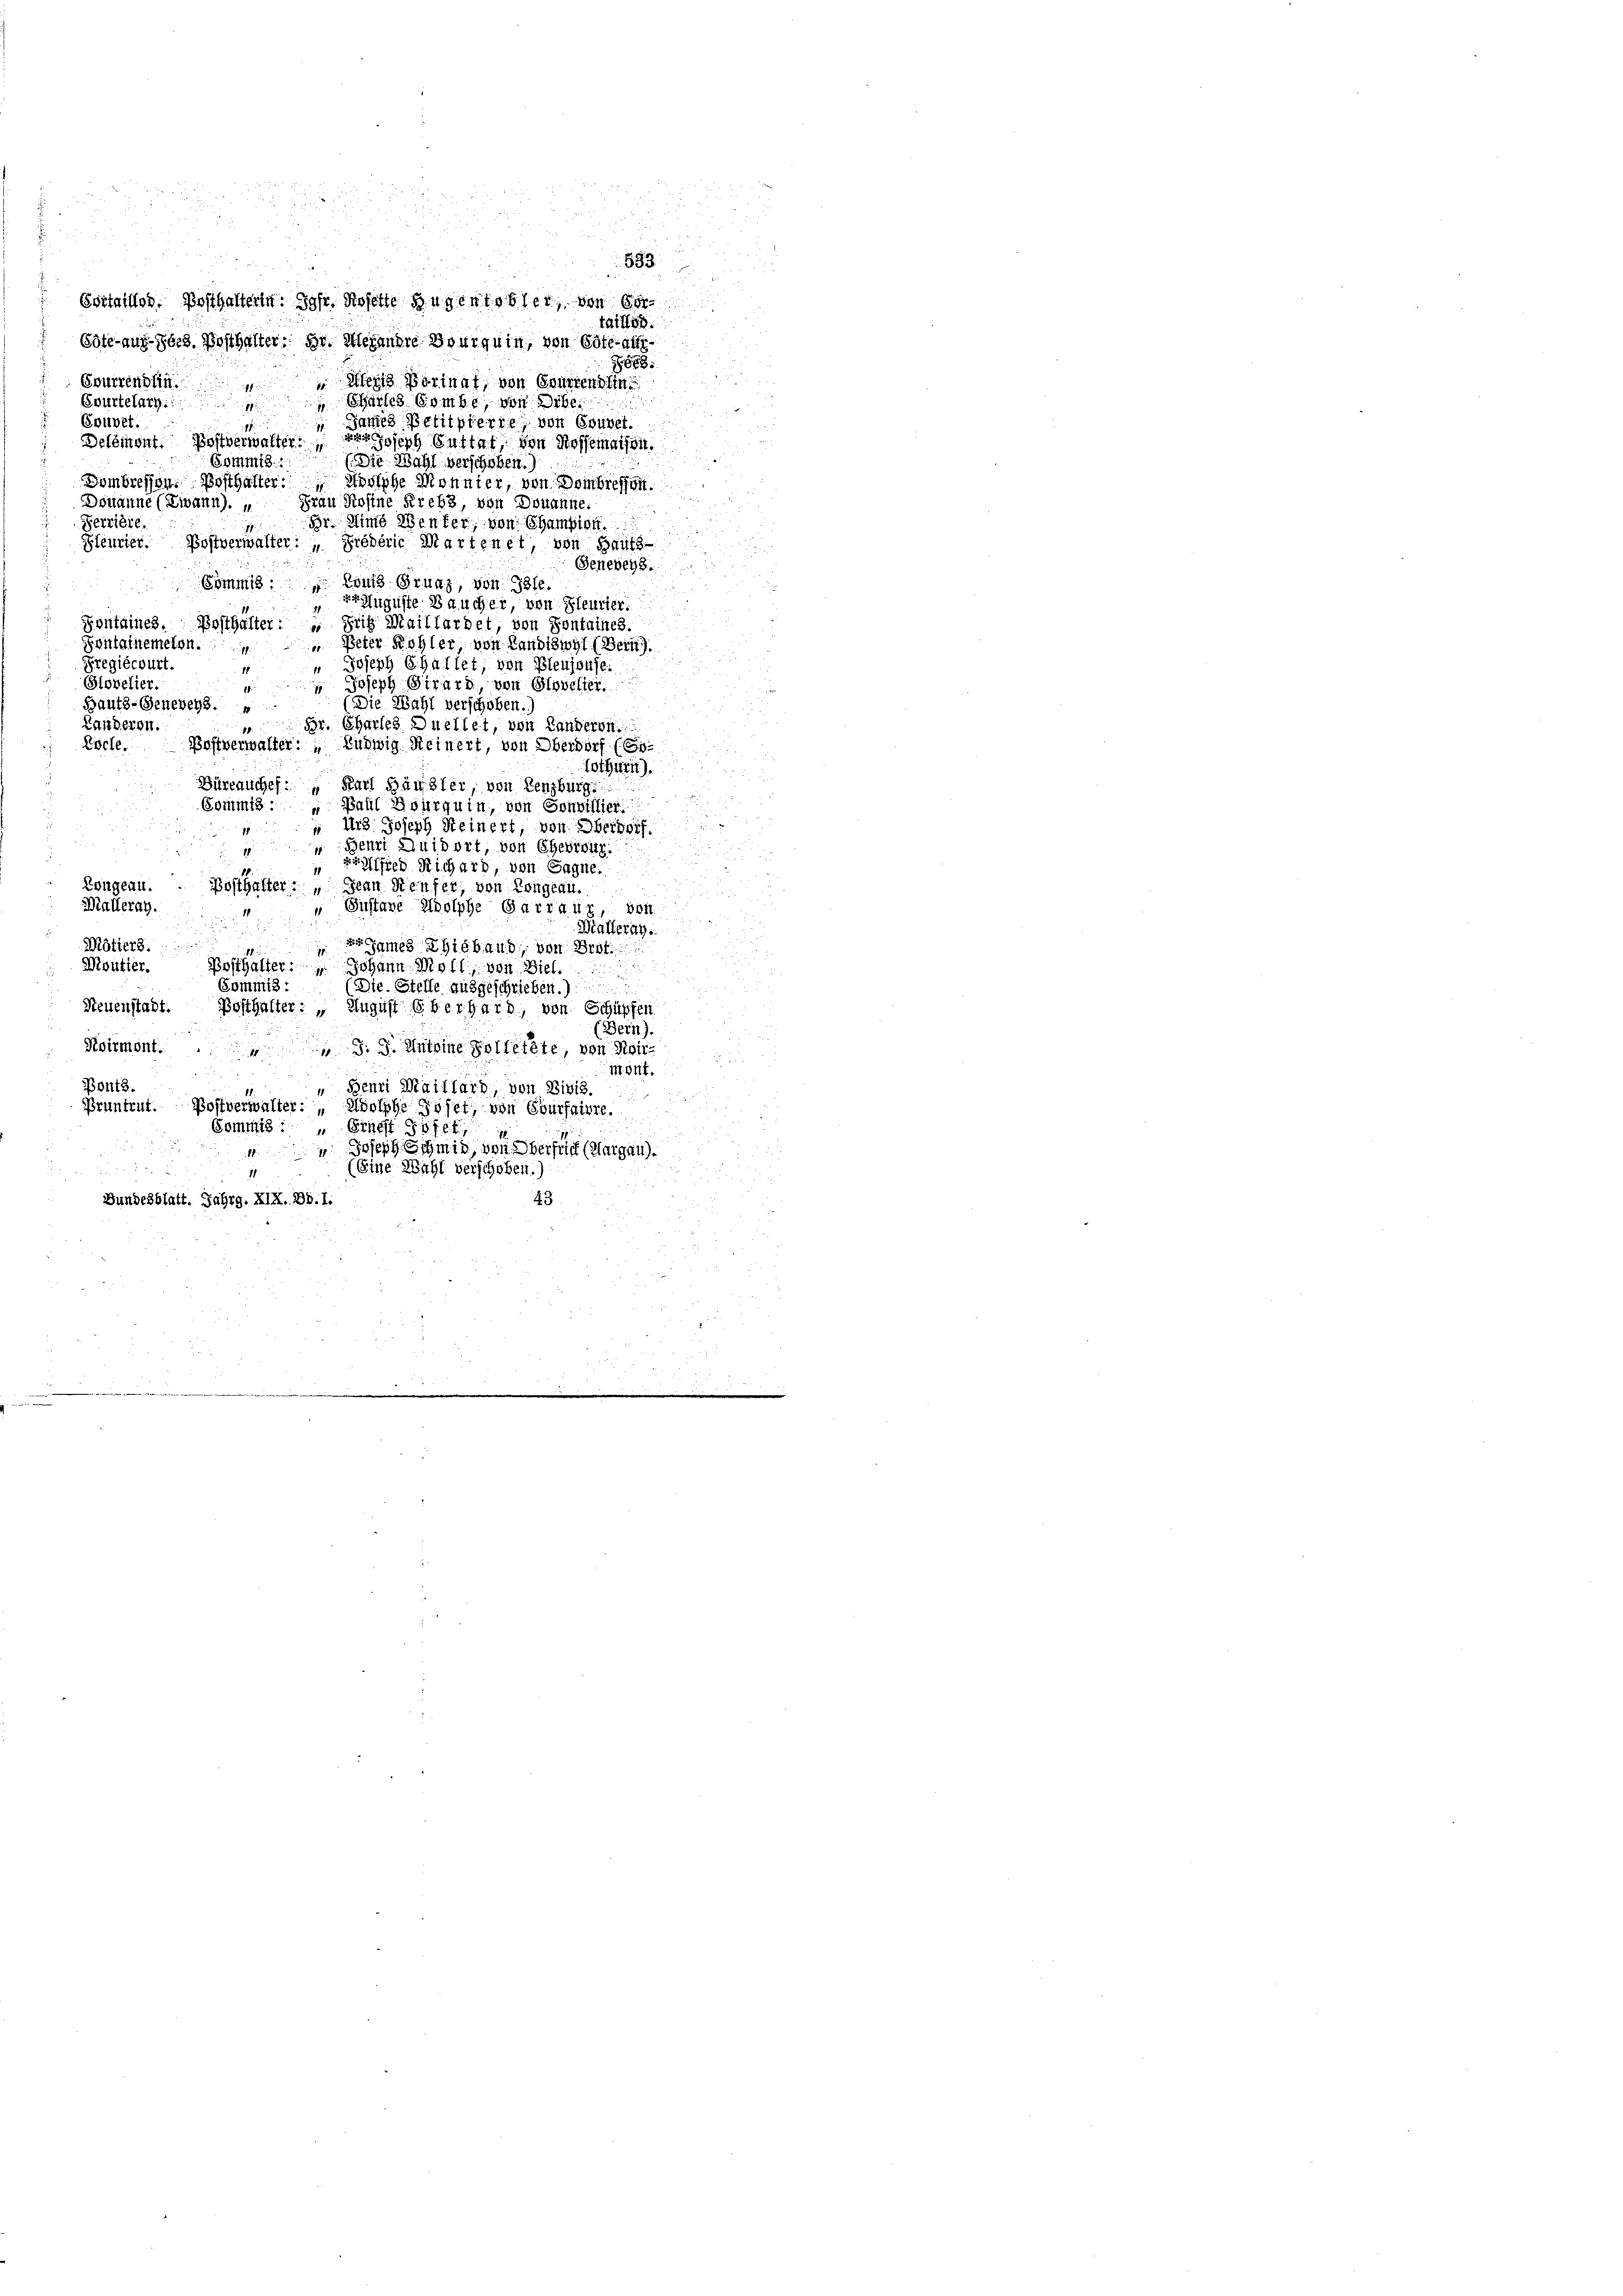
5 x
593
d

Vortrittor. Posthaltern. Joh. Rosette Augentobler, von e
Göte-aufsbes. Posthalter: Dr. Meien die Bourquin, von Ester nur
1888
Svurrendlin.
Meits Bornat, von Gmürrentin
ich
Evurtelary::
Challes bombe, von Arbe
1
Souvet.
James Petitpierre, von Gouvet.
1
Delémont. Postverwalter:
 Joseph Suttat von Rossemaison.
Gommis
(Sie Wahl verschoben.)
Dombressen. Bosthalter:
orthe Monnier, von Dombressen.
Frau Rosine Krebs, von Douanne.
Domanne (Ziann).
Perriere.
Br. Himb Benfer, von Champion
Sfeurier. Postverwalter: " Fieberie Martenet, von Balts-
Geneveys.
Commis. Lauf Grunz, von Ihle.
er Auguste Baucher, von Heurier.
Fontaines. Posthalter.  Seit Maillardet, von Sontaines.
 Peter Kohler von Landiswyl (Bern).
Fontairemeten.
Pregiécburt.
 Joseph Challet, von Bleujouse.
(Stovelier.
 Joseph Girard, von Glovelter
g
(Die Wahl verschoben.
Hautz-Genebens.
Landeren.
Dr. Charle Quellet, von Landeren
Boffverwalter. Ludwig Reinert, von Oberdorf (S
Evcle.
tothurn).
Büreauches: " Karl Häusler, von Lenzburg

Commis
" Baul Bourquin, von Sonvillier
Urs Joseph Steinert, von Oberdorf
1
Benri Quidort, von Ehebreuz.
18

 Richard, von Sagne.
Zongeau.
Posthalter: „ Jean Reufer, von Congeau.
ö
Walleray.
 Gustave Zoolphe Garraus, von

Malteray.
Mötiers.
ames Thibaud, von Prof.
Moutier. Posthalter: Johann Moll, von Biel.
n
Commis:
(Die. Stelle ausgeschrieben.)
Steuenstalt. Posthalter: „August Oberhard, von Schüpfen
(Bern).
Roiemont. " J. J. Antoine Kolletete, von Rohr-
u
mont.
Bonts.
"Benri Maillard, von Divis.

Pruntrut. Postverwalter: „Wolphe Joset, von Eburfaire.

Commis : „ Ernest pfef
 Joseph Schmid von Oberfrei (Aargau.
(Eine Wahl verschoben.)
43
Bundesblatt. Jahrg. XIX. Bd. 1.

taillos.